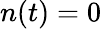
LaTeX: n(t)=0